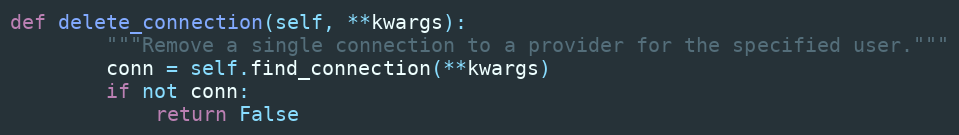
Language: Python
def delete_connection(self, **kwargs):
        """Remove a single connection to a provider for the specified user."""
        conn = self.find_connection(**kwargs)
        if not conn:
            return False